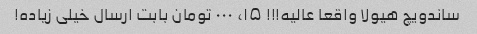
ساندویچ هیولا واقعا عالیه!!! ۱۵، ۰۰۰ تومان بابت ارسال خیلی زیاده!